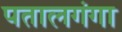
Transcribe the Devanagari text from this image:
पतालगंगा